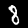
Label: 8